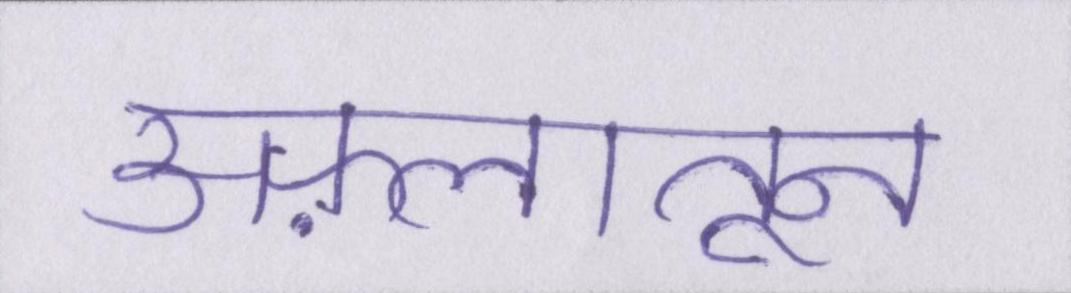
अफ़लातून